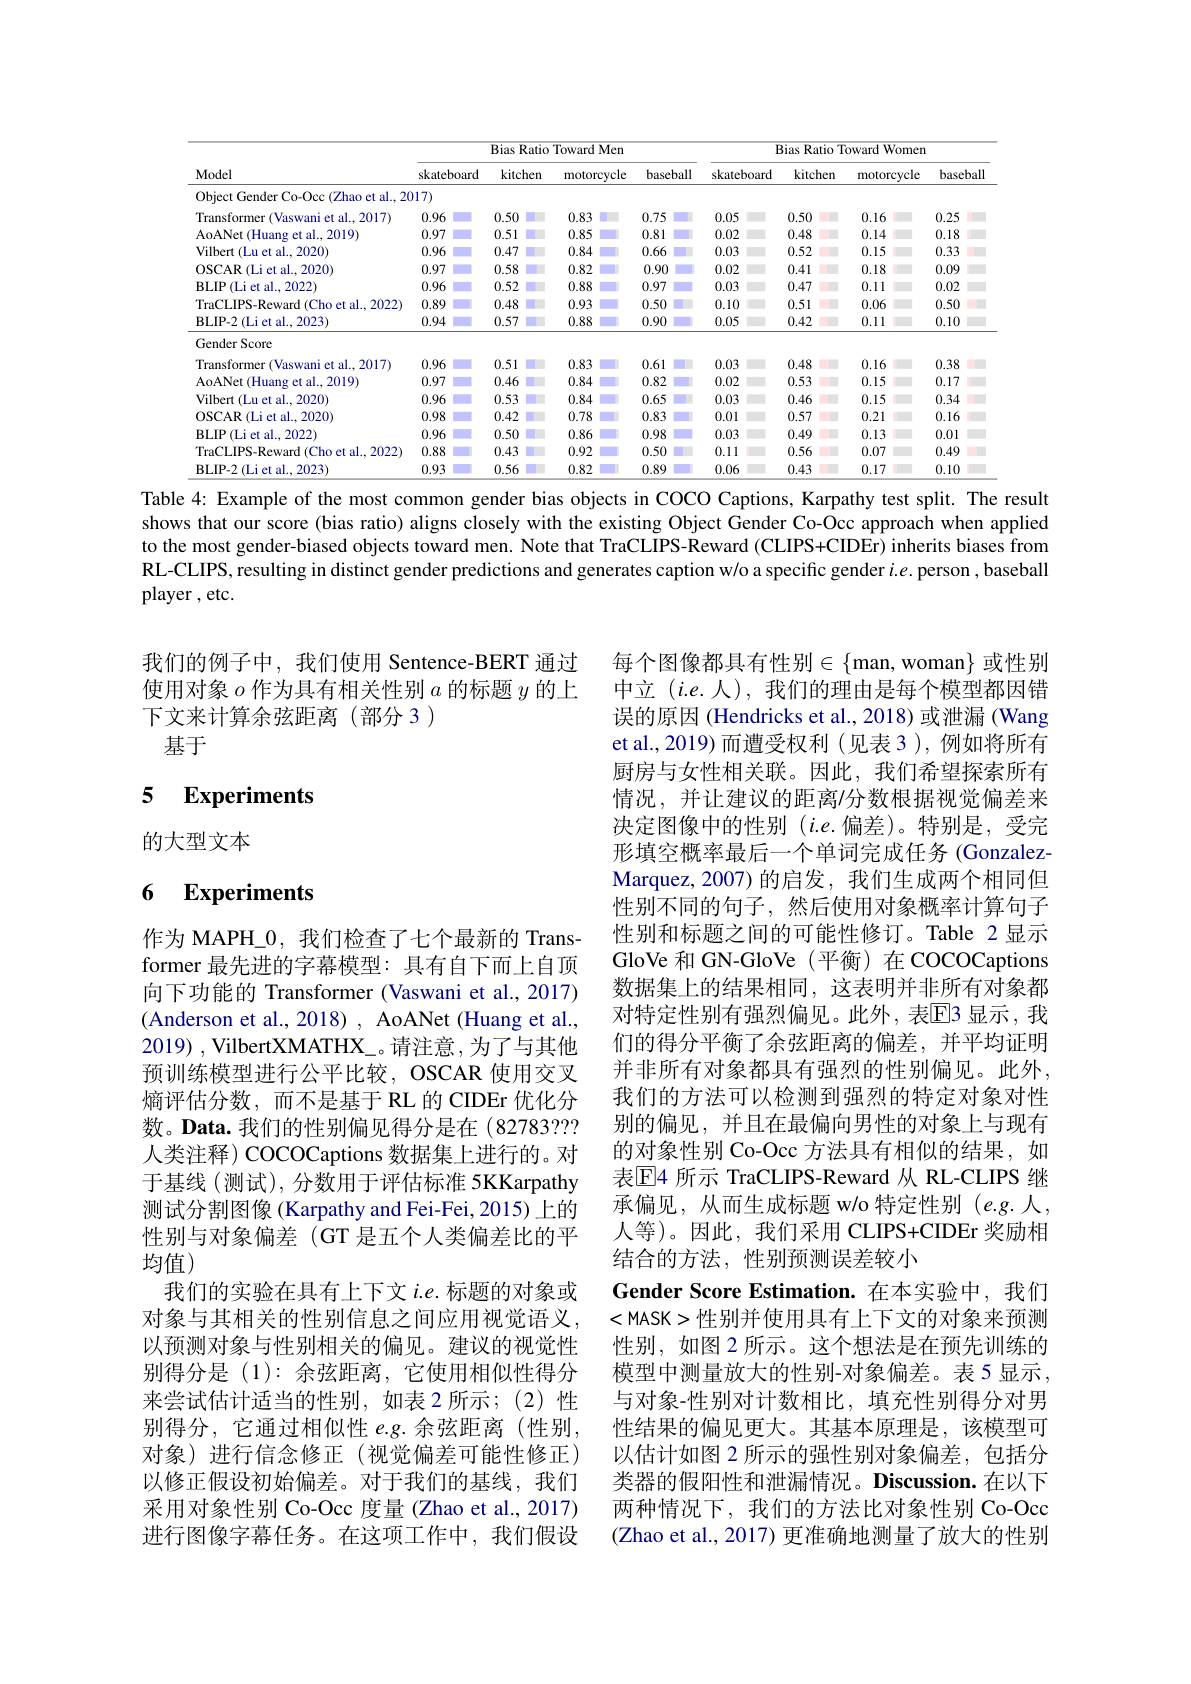
<table>
	<tbody>
		<tr>
			<th rowspan="2">Model</th>
			<th colspan="4">Bias Ratio Toward Men</th>
			<th colspan="4">Bias Ratio Toward Women</th>
		</tr>
		<tr>
			<th>skateboard</th>
			<th>kitchen</th>
			<th>motorcycle</th>
			<th>baseball</th>
			<th>skateboard</th>
			<th>kitchen</th>
			<th>motorcycle</th>
			<th>baseball</th>
		</tr>
		<tr>
			<td>Object Gender Co-Occ(Zhao et al., 20</td>
			<td>117)</td>
			<td> </td>
			<td> </td>
			<td> </td>
			<td> </td>
			<td> </td>
			<td> </td>
			<td> </td>
		</tr>
		<tr>
			<td>Transformer (Vaswani et al..2017)</td>
			<td>0.96</td>
			<td>0.50</td>
			<td>0.83</td>
			<td>0.75</td>
			<td>0.05</td>
			<td>0.50</td>
			<td>0.16</td>
			<td>0.25</td>
		</tr>
		<tr>
			<td>AoANet (Huang et al., 2019)</td>
			<td>0.97</td>
			<td>0.51</td>
			<td>0.85</td>
			<td>0.81</td>
			<td>0.02</td>
			<td>0.48</td>
			<td>0.14</td>
			<td>0.18</td>
		</tr>
		<tr>
			<td>Vilbert (Lu et al., 2020)</td>
			<td>0.96</td>
			<td>0.47</td>
			<td>0.84</td>
			<td>0.66</td>
			<td>0.03</td>
			<td>0.52</td>
			<td>0.15</td>
			<td>0.33</td>
		</tr>
		<tr>
			<td>OSCAR(Li et al..2020)</td>
			<td>0.97</td>
			<td>0.58</td>
			<td>0.82</td>
			<td>0.90</td>
			<td>0.02</td>
			<td>0.41</td>
			<td>0.18</td>
			<td>0.09</td>
		</tr>
		<tr>
			<td>BLIP$\left ( \mathrm{Li~et~al. . 2022}\right )$</td>
			<td>0.96</td>
			<td>0.52</td>
			<td>0.88</td>
			<td>0.97</td>
			<td>0.03</td>
			<td>0.47</td>
			<td>0.11</td>
			<td>0.02</td>
		</tr>
		<tr>
			<td>TraCLIPS-Reward(Cho et al., 2022)</td>
			<td>0.89</td>
			<td>0.48</td>
			<td>0.93</td>
			<td>0.50</td>
			<td>0.10</td>
			<td>0.51</td>
			<td>0.06</td>
			<td>0.50</td>
		</tr>
		<tr>
			<td>BLIP- 2 ( Li et al. , 2023) </td>
			<td>0.94</td>
			<td>0.57</td>
			<td>0.88</td>
			<td>0.90</td>
			<td>0.05</td>
			<td>0.42</td>
			<td>0.11</td>
			<td>0.10</td>
		</tr>
		<tr>
			<td>Gender Score</td>
			<td> </td>
			<td> </td>
			<td> </td>
			<td> </td>
			<td> </td>
			<td> </td>
			<td> </td>
			<td> </td>
		</tr>
		<tr>
			<td>Transformer r(Vaswani et al..2017)</td>
			<td>0.96</td>
			<td>0.51</td>
			<td>0.83</td>
			<td>0.61</td>
			<td>0.03</td>
			<td>0.48</td>
			<td>0.16</td>
			<td>0.38</td>
		</tr>
		<tr>
			<td>AoANet (Huang et al., 2019)</td>
			<td>0.97</td>
			<td>0.46</td>
			<td>0.84</td>
			<td>0.82</td>
			<td>0.02</td>
			<td>0.53</td>
			<td>0.15</td>
			<td>0.17</td>
		</tr>
		<tr>
			<td>Vilbert (Lu et al.,2020)</td>
			<td>0.96</td>
			<td>0.53</td>
			<td>0.84</td>
			<td>0.65</td>
			<td>0.03</td>
			<td>0.46</td>
			<td>0.15</td>
			<td>0.34</td>
		</tr>
		<tr>
			<td>OSCAR(Li et al., 2020</td>
			<td>0.98</td>
			<td>0.42</td>
			<td>0.78</td>
			<td>0.83</td>
			<td>0.01</td>
			<td>0.57</td>
			<td>0.21</td>
			<td>0.16</td>
		</tr>
		<tr>
			<td>BLIP$\left ( \mathrm{Li~et~al. , ~2022}\right )$</td>
			<td>0.96</td>
			<td>0.50</td>
			<td>0.86</td>
			<td>0.98</td>
			<td>0.03</td>
			<td>0.49</td>
			<td>0.13</td>
			<td>0.01</td>
		</tr>
		<tr>
			<td>TraCLIPS-Reward(Cho et al., 2022)</td>
			<td>0.88</td>
			<td>0.43</td>
			<td>0.92</td>
			<td>0.50</td>
			<td>0.11</td>
			<td>0.56</td>
			<td>0.07</td>
			<td>0.49</td>
		</tr>
		<tr>
			<td>BLIP- 2 ( Li et al. , 2023) </td>
			<td>0.93</td>
			<td>0.56</td>
			<td>0.82</td>
			<td>0.89</td>
			<td>0.06</td>
			<td>0.43</td>
			<td>0.17</td>
			<td>0.10</td>
		</tr>
	</tbody>
</table>

Table 4: Example of the most common gender bias objects in COCO Captions, Karpathy test split. The result

shows that our score (bias ratio) aligns closely with the existing Object Gender Co-Occ approach when applied to the most gender-biased objects toward men. Note that TraCLIPS-Reward (CLIPS+CIDEr) inherits biases from RL-CLIPS, resulting in distinct gender predictions and generates caption w/o a specific gender $\iota.e$ person , baseball ${\mathrm{player~,etc.}}$

我们的例子中，我们使用 Sentence-BERT 通过使用对象$o$作为具有相关性别$a$的标题$y$的上下文来计算余弦距离(部分 3)
基于

### 5 $\textbf{Experiments}$

的大型文本

## 6 Experiments

每个图像都具有性别$\in\{$man,woman$\}$ 或性别中立$(i.e.$人),我们的理由是每个模型都因错误的原因 (Hendricks et al., 2018) 或泄漏 (Wang et al.,2019)而遭受权利(见表3),例如将所有厨房与女性相关联。因此，我们希望探索所有情况，并让建议的距离/分数根据视觉偏差来决定图像中的性别$(i.e.$偏差)。特别是，受完形填空概率最后一个单词完成任务 (GonzalezMarquez,2007)的启发，我们生成两个相同但性别不同的句子，然后使用对象概率计算句子性别和标题之间的可能性修订。Table 2显示GloVe 和 GN-GloVe (平衡)在 COCOCaptions 数据集上的结果相同，这表明并非所有对象都对特定性别有强烈偏见。此外，表$\overline{\mathrm{E}}$3 显示，我们的得分平衡了余弦距离的偏差，并平均证明并非所有对象都具有强烈的性别偏见。此外， 我们的方法可以检测到强烈的特定对象对性别的偏见，并且在最偏向男性的对象上与现有的对象性别 Co-Occ 方法具有相似的结果，如表$\mathbb{E}$4 所示 TraCLIPS-Reward 从 RL-CLIPS 继承偏见，从而生成标题 w/o 特定性别 (e.g.人， 人等)。因此，我们采用 CLIPS+CIDEr 奖励相结合的方法，性别预测误差较小
Gender Score Estimation.在本实验中，我们<MASK>性别并使用具有上下文的对象来预测性别，如图 2 所示。这个想法是在预先训练的模型中测量放大的性别-对象偏差。表 5 显示， 与对象-性别对计数相比，填充性别得分对男性结果的偏见更大。其基本原理是，该模型可以估计如图 2 所示的强性别对象偏差，包括分类器的假阳性和泄漏情况。Discussion.在以下两种情况下，我们的方法比对象性别 Co-Occ (Zhao et al., 2017) 更准确地测量了放大的性别

作为 MAPH\_0,我们检查了七个最新的 Transformer 最先进的字幕模型：具有自下而上自顶向下功能的 Transformer (Vaswani et al., 2017) (Anderson et al., 2018) , AoANet (Huang et al., 2019) , VilbertXMATHX\_。请注意，为了与其他预训练模型进行公平比较，OSCAR 使用交叉熵评估分数，而不是基于 RL 的 CIDEr 优化分数。Data. 我们的性别偏见得分是在(82783??? 人类注释) COCOCaptions 数据集上进行的。对于基线 (测试), 分数用于评估标准 5KKarpathy 测试分割图像 (Karpathy and Fei-Fei, 2015) 上的性别与对象偏差(GT 是五个人类偏差比的平均值)
我们的实验在具有上下文$i.e.$标题的对象或对象与其相关的性别信息之间应用视觉语义， 以预测对象与性别相关的偏见。建议的视觉性别得分是(1):余弦距离，它使用相似性得分来尝试估计适当的性别，如表 2 所示；(2)性别得分，它通过相似性 e.g.余弦距离(性别， 对象)进行信念修正(视觉偏差可能性修正) 以修正假设初始偏差。对于我们的基线，我们采用对象性别 Co-Occ 度量 (Zhao et al., 2017) 进行图像字幕任务。在这项工作中，我们假设